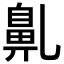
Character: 𪖐